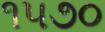
૧૫૭૦